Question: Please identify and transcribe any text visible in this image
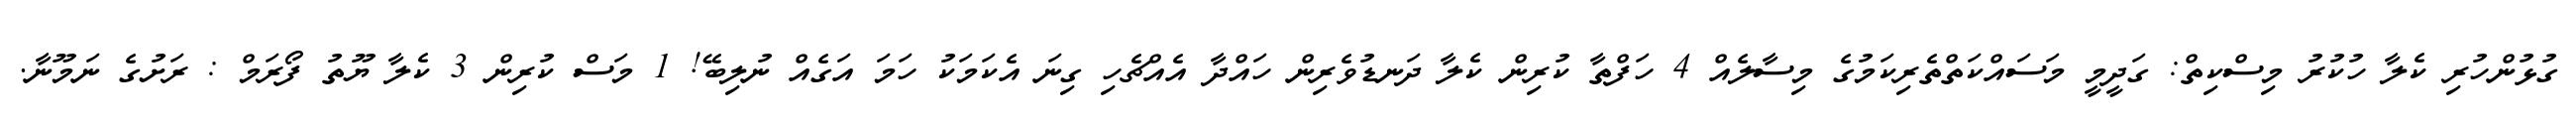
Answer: ގުޅުންހުރި ކެލާ ހުކުރު މިސްކިތް: ގަދީމީ މަސައްކަތްތެރިކަމުގެ މިސާލެއް 4 ހަފްތާ ކުރިން ކެލާ ދަނޑުވެރިން ހައްދާ އެއްޗެހި ގިނަ އެކަމަކު ހަމަ އަގެއް ނުލިބޭ! 1 މަސް ކުރިން 3 ކެލާ ޔޫތު ފޯރަމް : ރަށުގެ ނަމޫނާ.